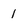
Character: 1